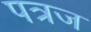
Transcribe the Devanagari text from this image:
पत्रज